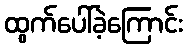
ထွက်ပေါ်ခဲ့ကြောင်း